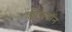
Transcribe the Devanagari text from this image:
क्लीफटॉन